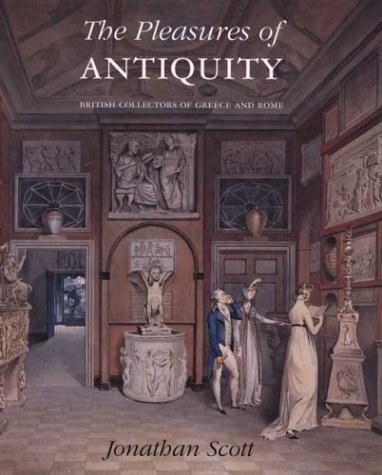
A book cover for The Pleasures of Antiquity: British Collections of Greece of Rome (The Paul Mellon Centre for Studies in British Art); I. Jonathan Scott; Crafts, Hobbies & Home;